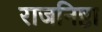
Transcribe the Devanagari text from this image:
राजनिष्ठा